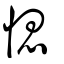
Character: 愢